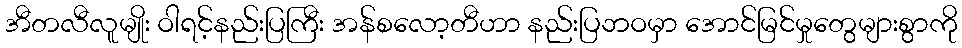
အီတလီလူမျိုး ဝါရင့်နည်းပြကြီး အန်စလော့တီဟာ နည်းပြဘဝမှာ အောင်မြင်မှုတွေများစွာကို